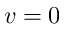
v = 0